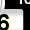
Digit: 6